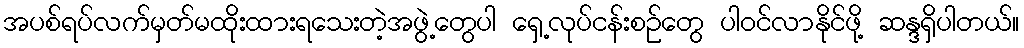
အပစ်ရပ်လက်မှတ်မထိုးထားရသေးတဲ့အဖွဲ့တွေပါ ရှေ့လုပ်ငန်းစဉ်တွေ ပါဝင်လာနိုင်ဖို့ ဆန္ဒရှိပါတယ်။